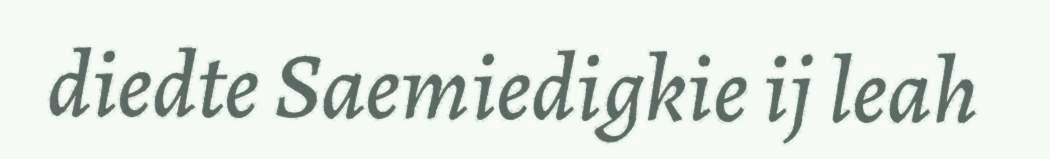
diedte Saemiedigkie ij leah